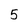
Character: 5